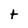
Character: t